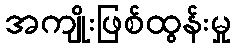
အကျိုးဖြစ်ထွန်းမှု